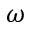
\omega